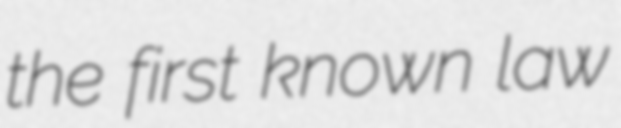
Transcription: the first known law